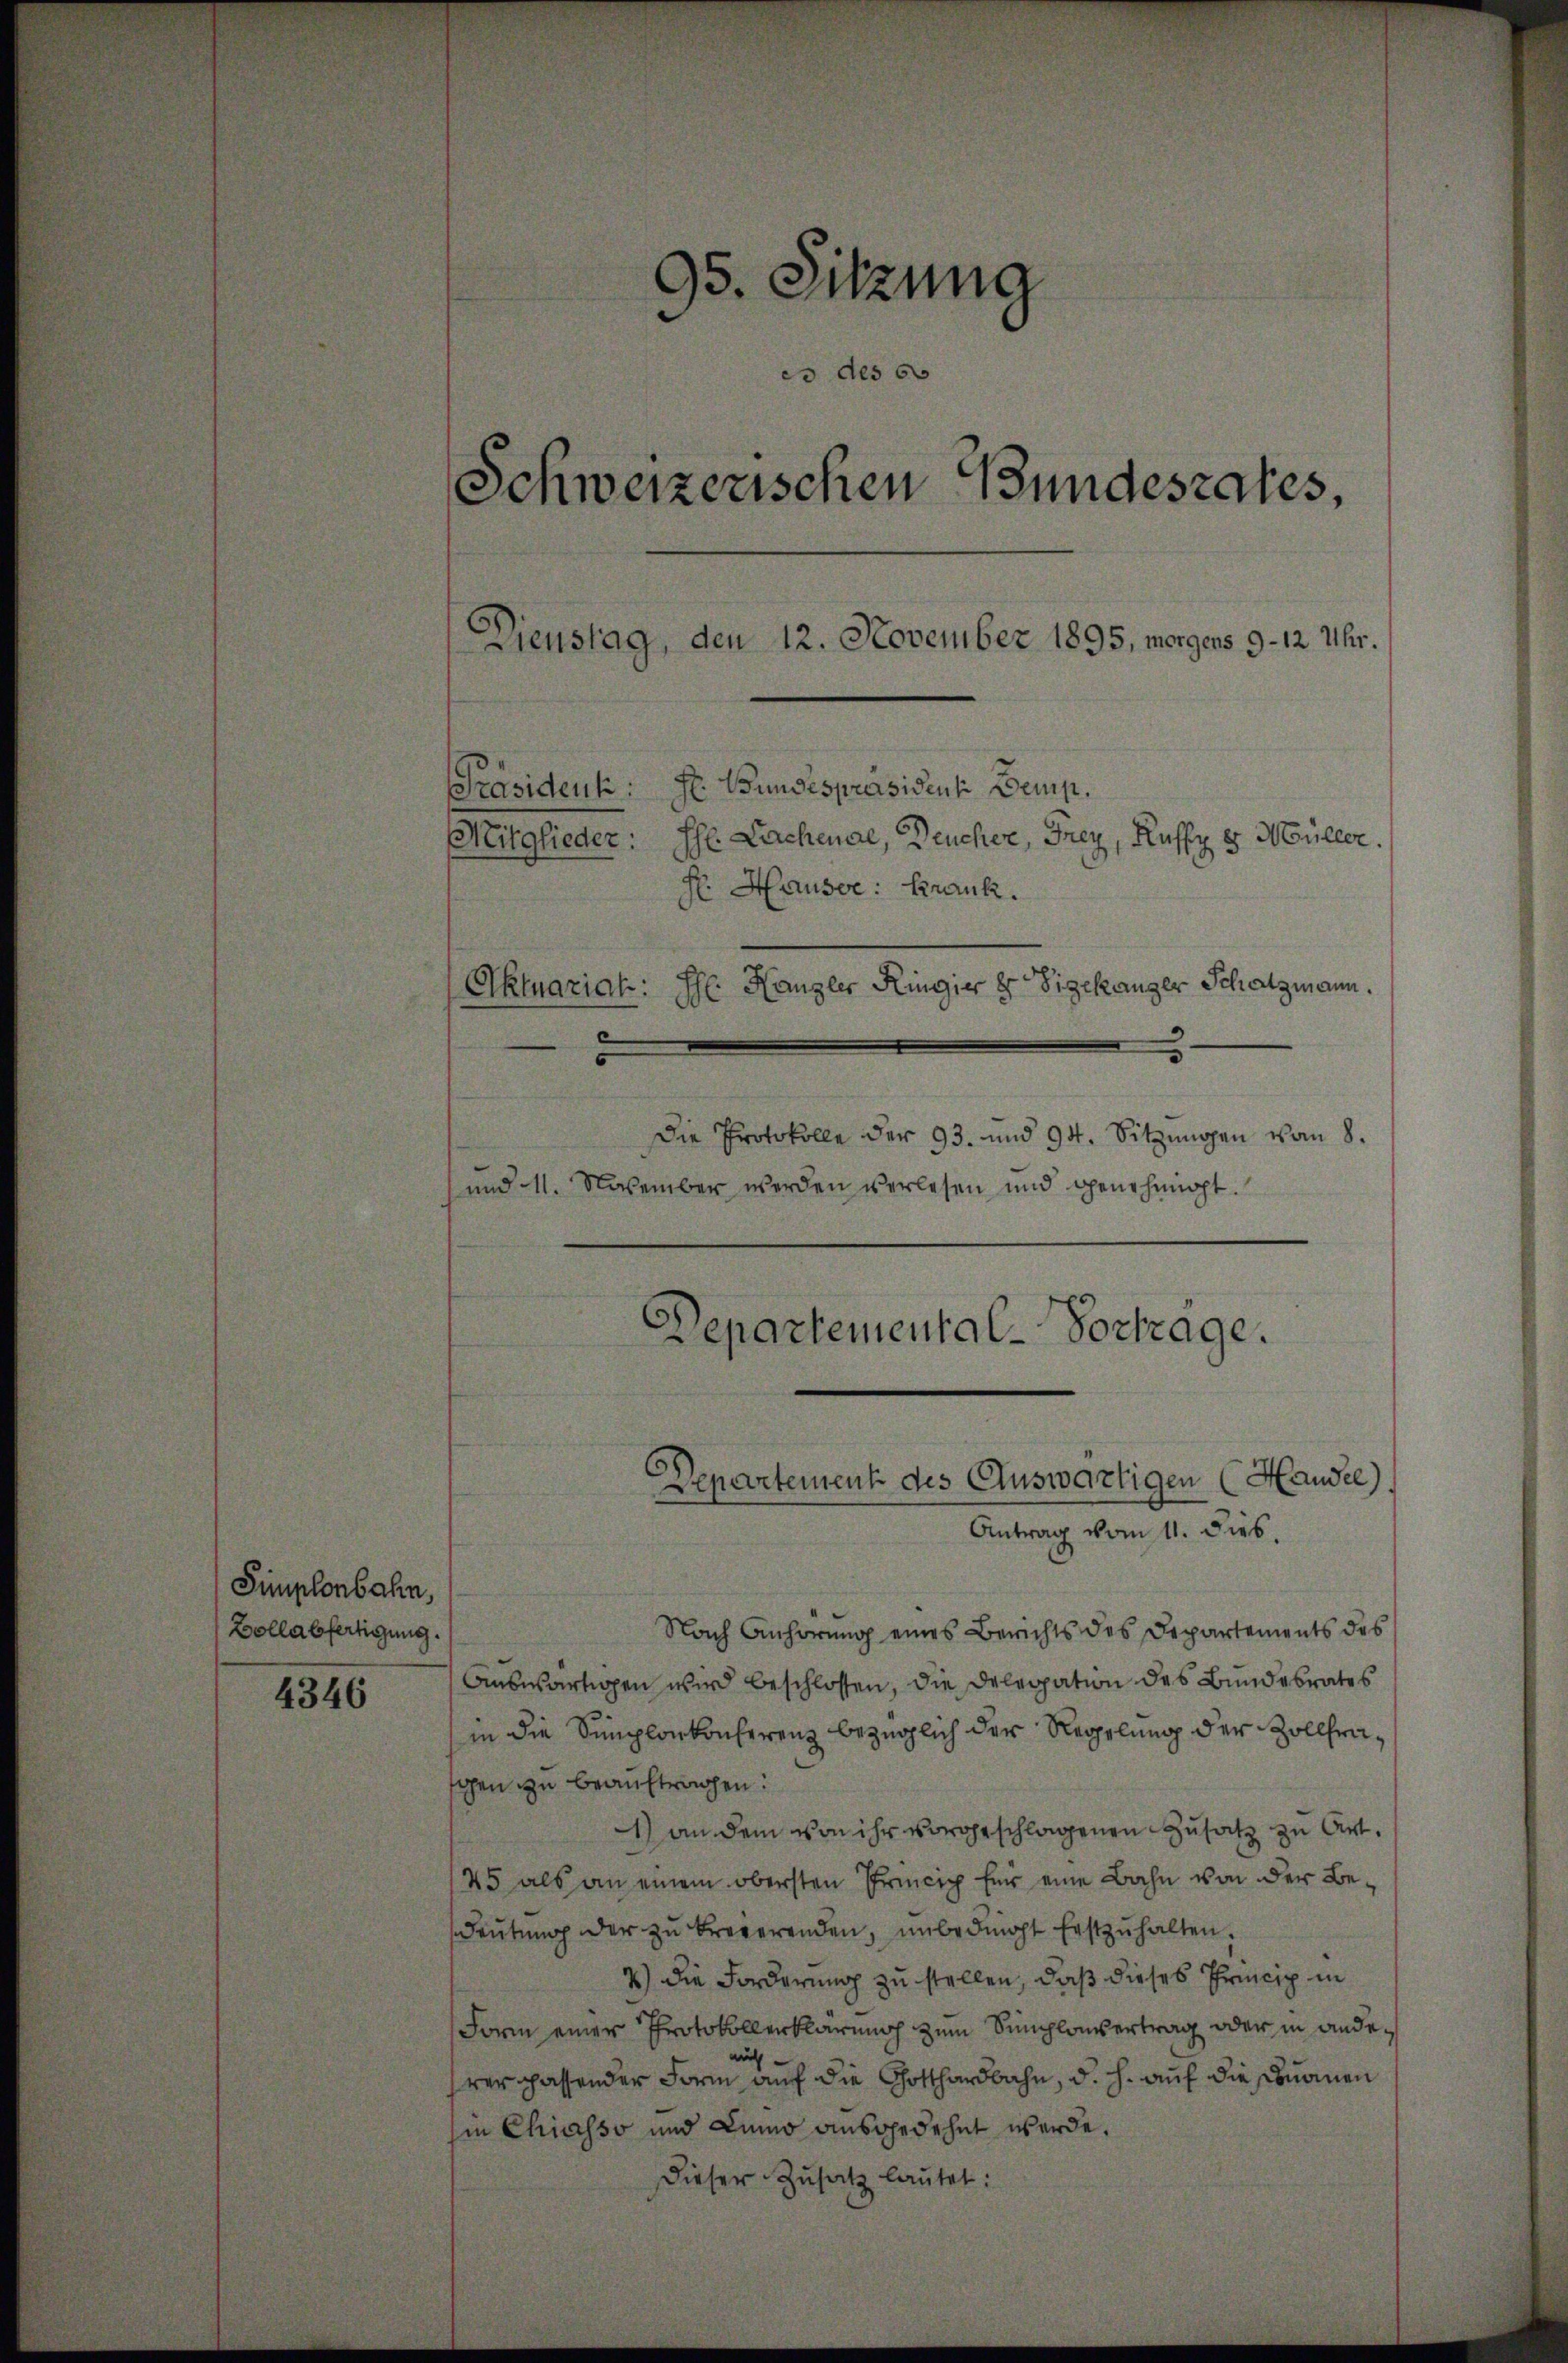
Simplonbahn,
Bollabfertigung.

4346

95. Sitzung
eo des 60
Schweizerischen Bundesrates,
Dienstag, den 12. November 1895, morgens 9-12 Uhr.
[Präsident: Se Bundespräsident Demp.
Mitglieder: Ihr Lachenae, Deucher, Frey, Kassy e Müller.
H. Hauser: Krank.
Aktuariat: Hr. Kanzler Ringier er Vizekanger Schatzmann.
Die Protokolle der 93. und 94. Sitzungen vom 8.
und 11. November werden verlesen und genehmigt.

Antrag vom 11. dies.
Nach Anhörung eines Berichts des Departements des
Auswärtigen wird beschlossen, die Delegation des Bundesrates
in die Simplonkonferenz bezüglich der Regelung der Zollfragen zu beauftragen.
) an dem von ihr vorgeschlagenen Zusatz zu Art.
45 als an einem obersten Princip für eine Bahn von der Beeŭtŭng der zŭ breverenden, unbedingt Erstzŭhalten.
2) Die Forderung zu stellen, daß dieses Princip in
Form einer Protokollerklärung zum Simplouvertrag oder in andeauch
hrer passender Form auf die Gotthardbahn, d. h. auf die sonamen
in Chiasso und Luno ausgedehnt werde.
dieser Zusatz lautet:

Departemental-Vortrage.
Departement des Auswärtigen (Handel